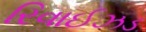
રિવાઈઝડ